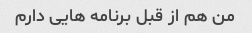
من هم از قبل برنامه هایی دارم